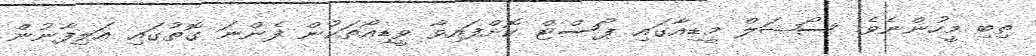
ތިބި މީހުންނެވެ. ސޯޝަލް މީޑިއާގައި ޕޯސްޓް ކޮށްފައިވާ ވީޑިއޯތަކުން ފެންނަ ގޮތުގައި އަލިފާނުން